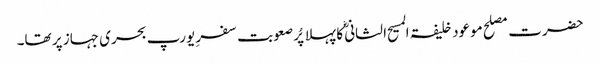
حضرت مصلح موعود خلیفۃ المسیح الثانی ؓکا پہلا پُر صعوبت سفرِ یورپ بحری جہاز پر تھا۔